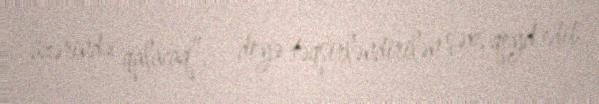
üzərində qalacaq”, - deyə təqsirləndirilən şəxs qeyd edib.